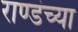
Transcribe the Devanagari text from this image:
राण्डंच्या